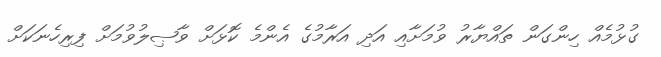
ގުޅުމެއް ހިންގަން ތައްޔާރު ވުމަށާއި އަދި އަރާމުގެ އެންމެ ކޮޅަށް ވާޞިލުވުމަށް ފިރިހެނަކަށް